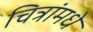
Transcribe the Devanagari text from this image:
चित्रांमधे